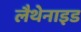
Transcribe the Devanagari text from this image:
लैथेनाइड